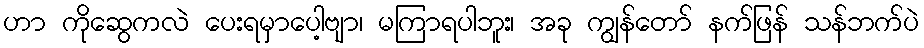
ဟာ ကိုဆွေကလဲ ပေးရမှာပေါ့ဗျာ၊ မကြာရပါဘူး၊ အခု ကျွန်တော် နက်ဖြန် သန်ဘက်ပဲ